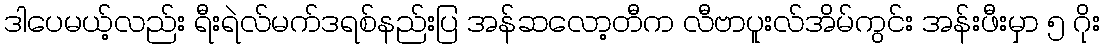
ဒါပေမယ့်လည်း ရီးရဲလ်မက်ဒရစ်နည်းပြ အန်ဆလော့တီက လီဗာပူးလ်အိမ်ကွင်း အန်းဖီးမှာ ၅ ဂိုး